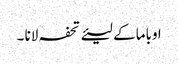
اوباما کے لیئے تحفہ لانا ۔